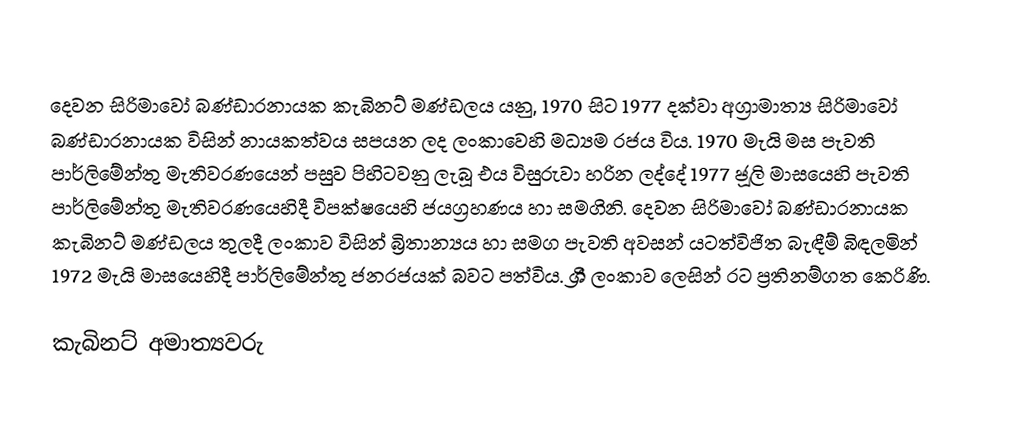
දෙවන සිරිමාවෝ බණ්ඩාරනායක කැබිනට් මණ්ඩලය යනු,  1970 සිට 1977 දක්වා අග්‍රාමාත්‍ය සිරිමාවෝ බණ්ඩාරනායක විසින් නායකත්වය සපයන ලද ලංකාවෙහි මධ්‍යම රජය විය. 1970 මැයි මස පැවති  පාර්ලිමේන්තු මැතිවරණයෙන් පසුව පිහිටවනු ලැබූ එය විසුරුවා හරින ලද්දේ 1977 ජූලි මාසයෙහි පැවති පාර්ලිමේන්තු මැතිවරණයෙහිදී විපක්ෂයෙහි ජයග්‍රහණය හා සමගිනි. දෙවන සිරිමාවෝ බණ්ඩාරනායක කැබිනට් මණ්ඩලය තුලදී ලංකාව විසින් බ්‍රිතාන්‍යය හා සමග පැවති අවසන් යටත්විජිත බැඳීම් බිඳලමින් 1972 මැයි මාසයෙහිදී පාර්ලිමේන්තු ජනරජයක් බවට පත්විය.  ශ්‍රී ලංකාව ලෙසින් රට ප්‍රතිනම්ගත කෙරිණි.

කැබිනට් අමාත්‍යවරු